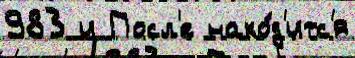
983 и Посл'е нахо́д'итс'я